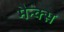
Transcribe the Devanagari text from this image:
मैन्क्स